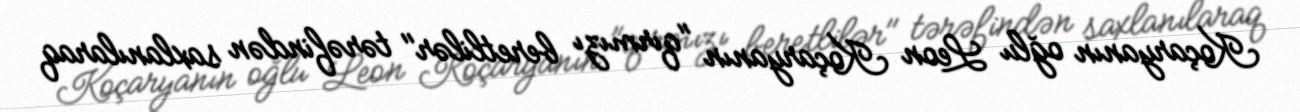
Koçaryanın oğlu Leon Koçaryanın "qırmızı beretlilər" tərəfindən saxlanılaraq